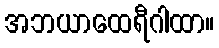
အဘယာထေရီဂါထာ။